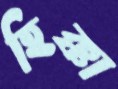
হিক্কা